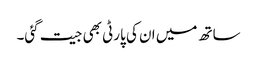
ساتھ میں ان کی پارٹی بھی جیت گئی۔